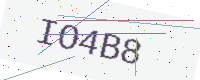
Text: IO4B8